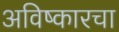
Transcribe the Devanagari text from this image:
अविष्कारचा